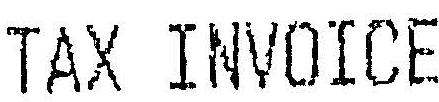
TAX INVOICE